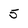
Character: 5